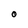
Character: 0